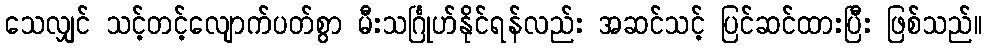
သေလျှင် သင့်တင့်လျောက်ပတ်စွာ မီးသင်္ဂြုဟ်နိုင်ရန်လည်း အဆင်သင့် ပြင်ဆင်ထားပြီး ဖြစ်သည်။